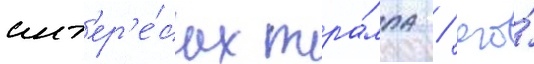
инт'ер'е́сах тра́мпа / его́